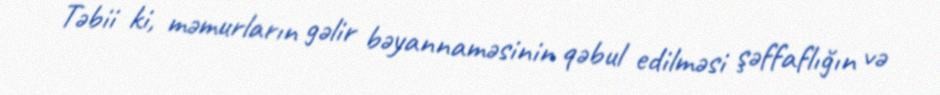
Təbii ki, məmurların gəlir bəyannaməsinin qəbul edilməsi şəffaflığın və